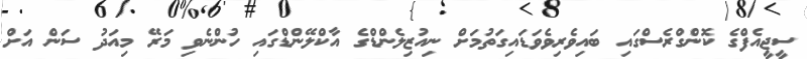
ސީޖީއެފްގެ ކޮންގްރެސްގައި ބައިވެރިވެވަޑައިގަތުމަށް ނިއުޒިލެންޑްގެ އާކްލޭންޑްގައި ހުންނެވި މަރޭ މިއަދު ސަން އަށް